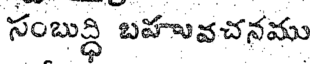
సంబుద్ధి బహువచనము